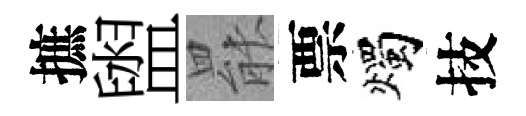
摭盥罷票燭技